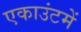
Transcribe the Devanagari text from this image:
एकाउंटमें